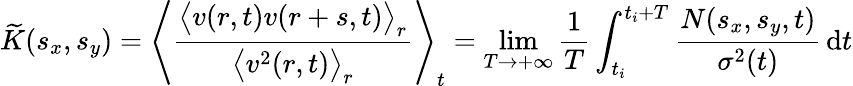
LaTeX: \widetilde{K}(s_{x},s_{y})=\left\langle\frac{\big\langle v(r,t)v(r+s,t)\big\rangle_{r}}{\big\langle v^{2}(r,t)\big\rangle_{r}}\right\rangle_{t}=\operatorname*{lim}_{T\rightarrow+\infty}\frac{1}{T}\int_{t_{i}}^{t_{i}+T}\frac{N(s_{x},s_{y},t)}{\sigma^{2}(t)}\mathop{}\! \mathrm{d}t